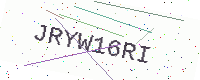
Text: JRYW16RI